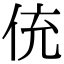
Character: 𬾁